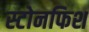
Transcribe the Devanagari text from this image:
स्टोनफिश